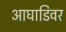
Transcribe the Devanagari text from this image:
आघाडिवर